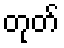
တုတ်